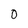
Character: 0